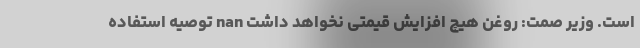
است. وزیر صمت: روغن هیچ افزایش قیمتی نخواهد داشت nan توصیه استفاده